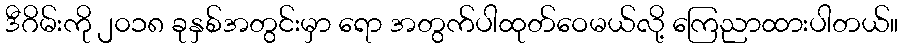
ဒီဂိမ်းကို ၂၀၁၈ ခုနှစ်အတွင်းမှာ ရော အတွက်ပါထုတ်ဝေမယ်လို့ ကြေညာထားပါတယ်။